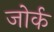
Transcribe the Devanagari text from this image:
जोर्क